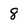
Character: 8